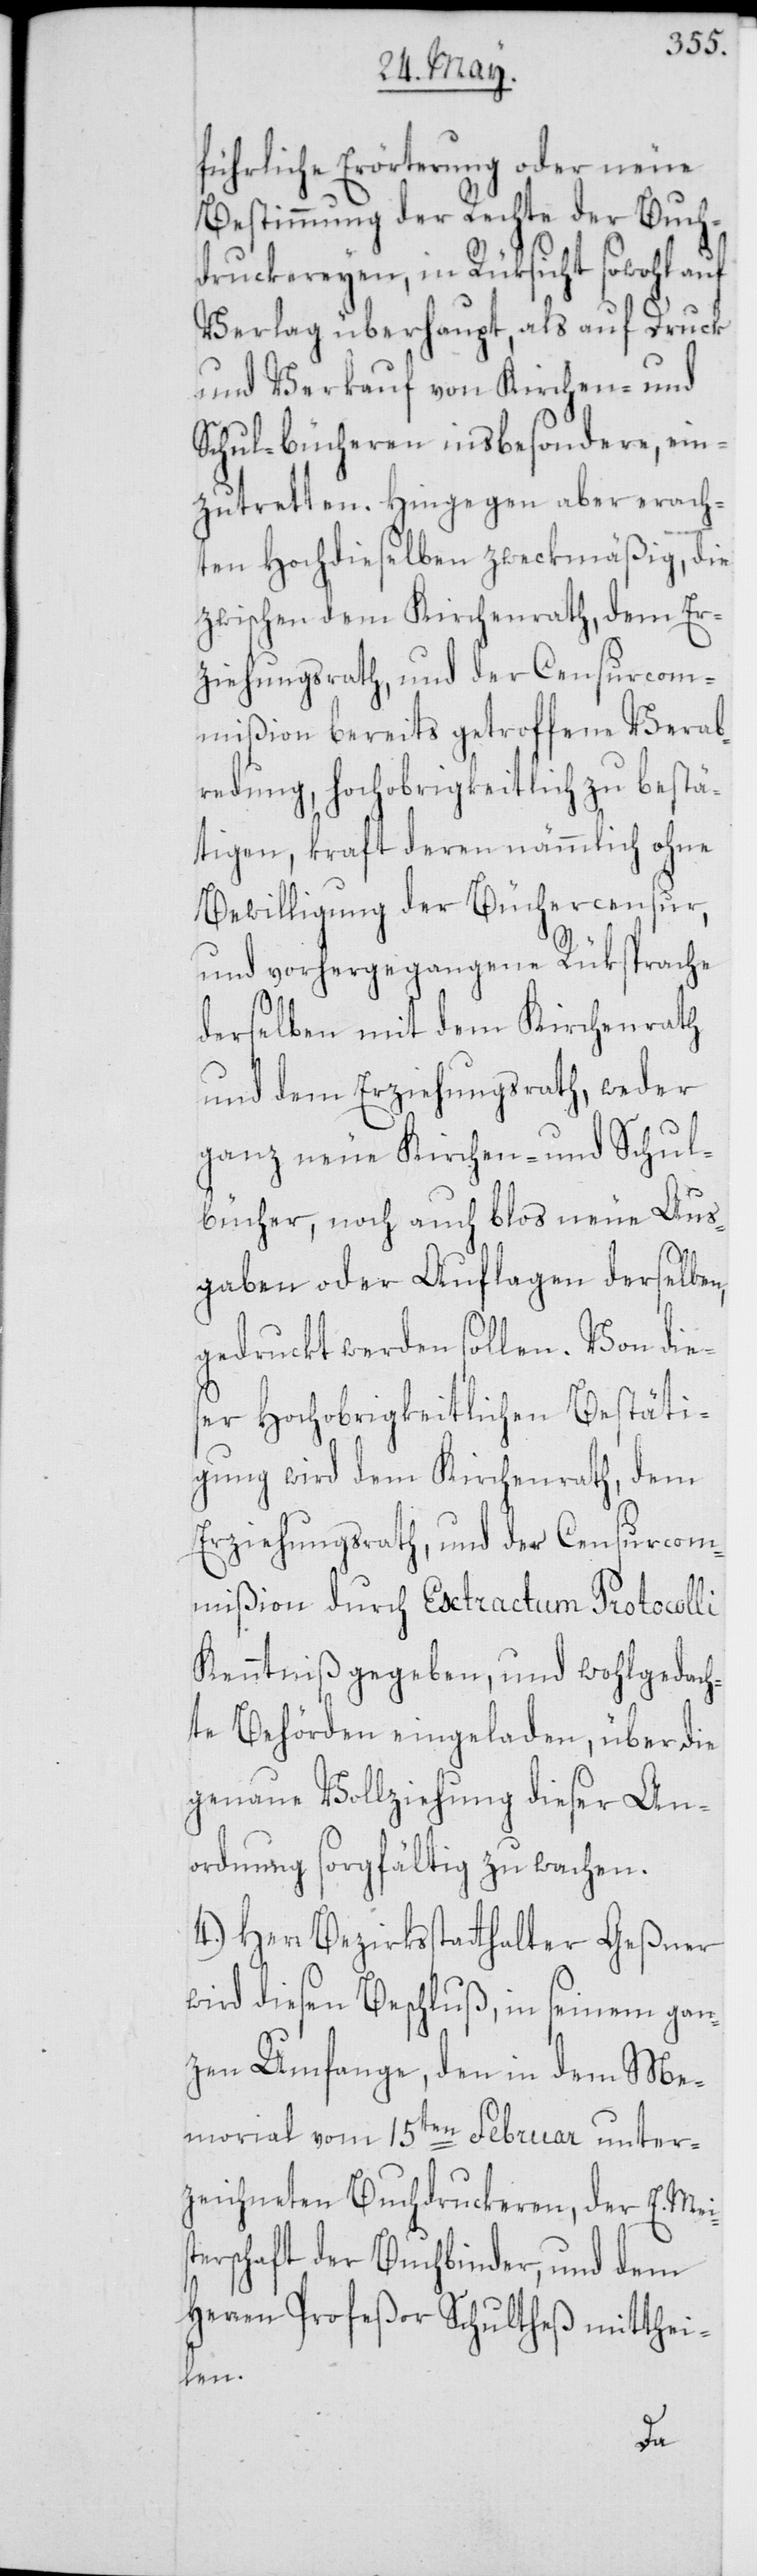
führliche Erörterung oder neue
Bestimmung der Rechte der Buch¬
drukereyen, in Rüksicht sowohl
Verlag überhaupt, als auf Druck
und Verkauf von Kirchen- und
Schul-bücheren insbesondere, ein¬
zutretten. Hingegen aber erach¬
ten Hochdieselben zweckmäßig, die
zwischen dem Kirchenrath, dem Er¬
ziehungsrath, und der Censurcom¬
mißion bereits getroffene Verab¬
redung, hochobrigkeitlich zu bestä¬
tigen, kraft deren nämmlich ohne
Bewilligung der Büchercensur,
und vorhergegangene Rüksprache
derselben mit dem Kirchenrath
und dem Erziehungsrath, weder
ganz neue Kirchen- und Schul¬
bücher, noch auch blos neue Aus¬
gaben oder Auflagen derselben,
gedruckt werden sollen. Von dies¬
er Hochobrigkeitlichen Bestäti¬
gung wird dem Kirchenrath, dem
Erziehungsrath, und der Censurcom¬
mißion durch Extractum Protocolli
Kenntniß gegeben, und wohlgedach¬
te Behörden eingeladen, über die
genaue Vollziehung dieser An¬
ordnung sorgfältig zu wachen.
4.) Herr Bezirksstatthalter Geßner
wird diesen Beschluß, in seinem gan¬
zen Umfange, den in dem Me¬
morial vom 15ten Februar unter¬
zeichneten Buchdruckeren, der E. Mei¬
erschaft der Buchbinder, und dem
Herren Profeßor Schultheß mitthei¬
len.
st¬